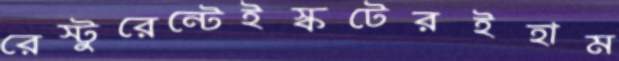
রেস্টুরেন্টেইস্কটেরইহাম